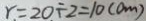
r = 2 0 \div 2 = 1 0 ( c m )